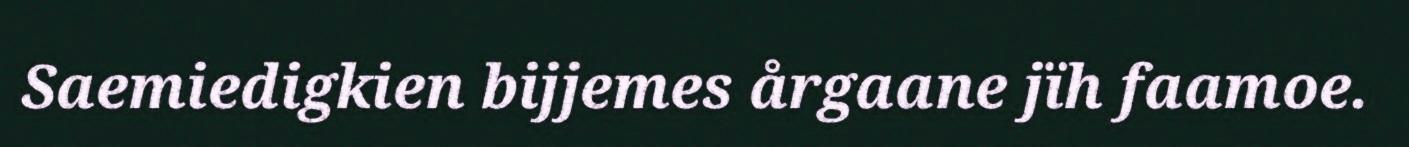
Saemiedigkien bijjemes årgaane jïh faamoe.